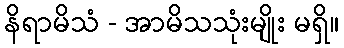
နိရာမိသံ - အာမိသသုံးမျိုး မရှိ။